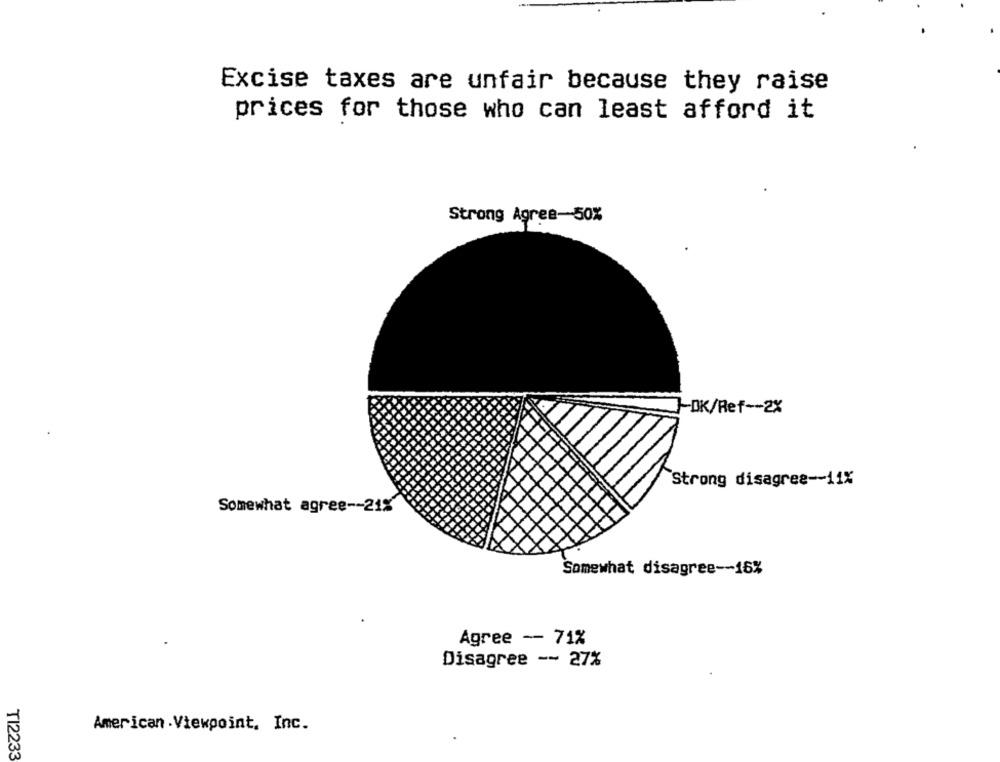
Excise taxes are unfair because they raise
prices for those who can least afford it
Strong Agree-50%
JOK/Ref -- 2X
Strong disagree -- 11%
Somewhat agree -- 21%
Somewhat disagree -- 16%
Agree - 71%
Disagree -- 27%
American . Viewpoint, Inc.
TI2233